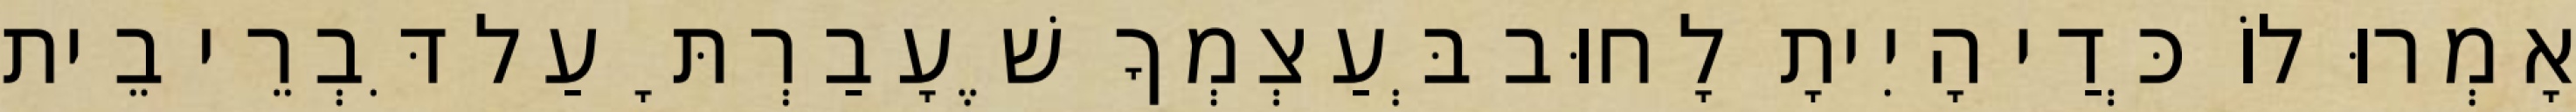
אָמְרוּ לוֹ כְּדַי הָיִיתָ לָחוּב בְּעַצְמְךָ שֶׁעָבַרְתָּ עַל דִּבְרֵי בֵית